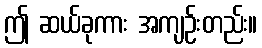
ဤ ဆယ်ခုကား အကျဉ်းတည်း။